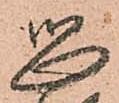
恐